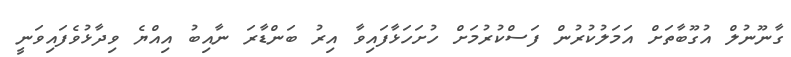
ގާނޫނުލް އުގޫބާތަށް އަމަލުކުރުން ފަސްކުރުމަށް ހުށަހަޅާފައިވާ އިރު ބަންޑާރަ ނާއިބު އިއްޔެ ވިދާޅުވެފައިވަނީ